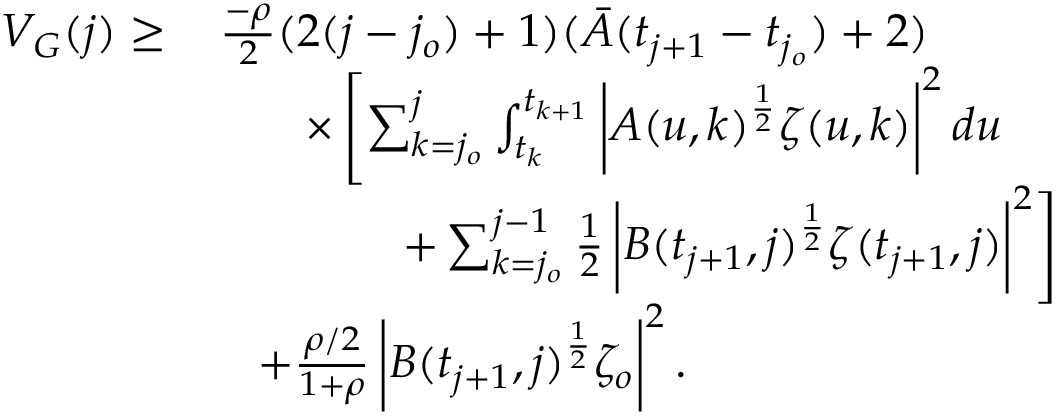
\begin{array} { r l } { V _ { G } ( j ) \geq } & { \, \frac { - \rho } { 2 } ( 2 ( j - j _ { o } ) + 1 ) ( \bar { A } ( t _ { j + 1 } - t _ { j _ { o } } ) + 2 ) \qquad \qquad } \\ & { \qquad \times \left[ \sum _ { k = j _ { o } } ^ { j } \int _ { t _ { k } } ^ { t _ { k + 1 } } \left| A ( u , k ) ^ { \frac { 1 } { 2 } } \zeta ( u , k ) \right| ^ { 2 } d u \right. } \\ & { \quad \left. \qquad \quad + \sum _ { k = j _ { o } } ^ { j - 1 } \frac { 1 } { 2 } \left| B ( t _ { j + 1 } , j ) ^ { \frac { 1 } { 2 } } \zeta ( t _ { j + 1 } , j ) \right| ^ { 2 } \right] } \\ & { \quad + \frac { \rho / 2 } { 1 + \rho } \left| B ( t _ { j + 1 } , j ) ^ { \frac { 1 } { 2 } } \zeta _ { o } \right| ^ { 2 } . } \end{array}